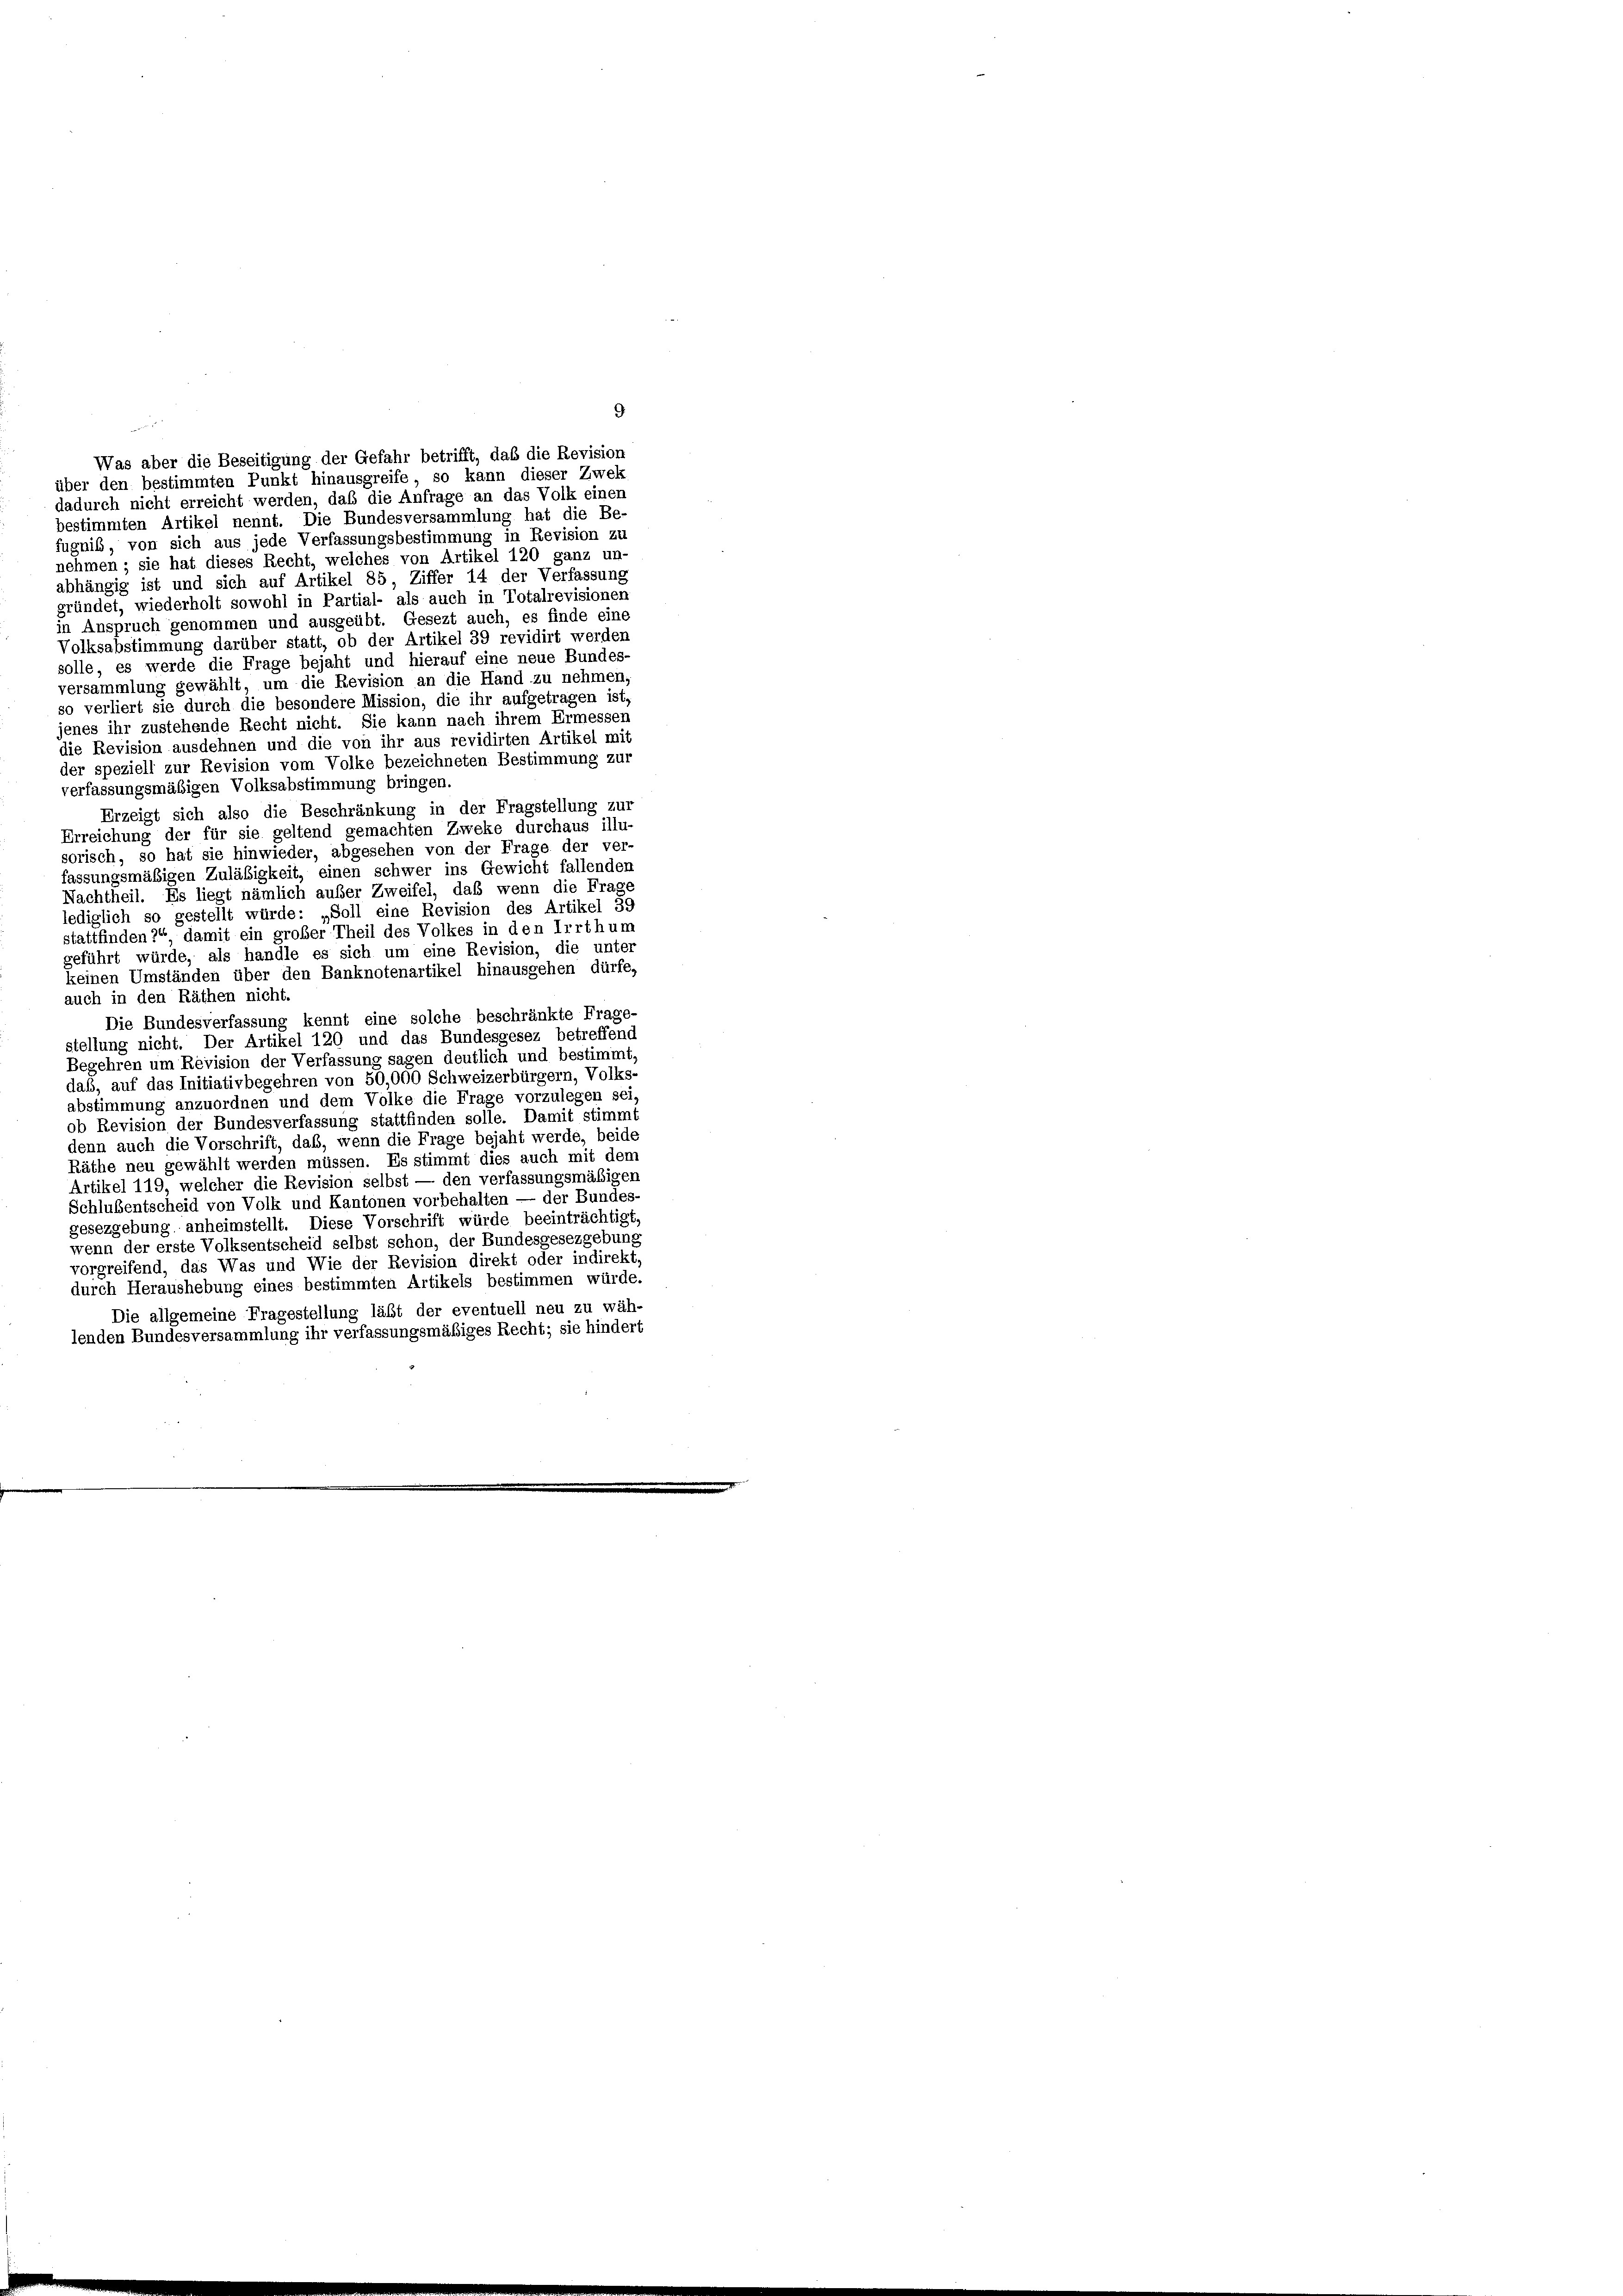
9

Was aber die Beseitigung der Gefahr betrifft, daß die Revision
über den bestimmten Punkt hinausgreife, so kann dieser Zwek
dadurch nicht erreicht werden, daß die Anfrage an das Volk einer
bestimmten Artikel nennt. Die Bundesversammlung hat die Be-
fugnis, von sich aus jede Verfassungsbestimmung in Revision zu
nehmen; sie hat dieses Recht, welches von Artikel 120 ganz un-
abhängig ist und sich auf Artikel 85, Ziffer 14 der Verfassung
gründet, wiederholt sowohl in Partial- als auch in Totalrevisionen
in Anspruch genommen und ausgeübt. Gesezt auch, es finde eine
Volksabstimmung darüber statt, ob der Artikel 39 revidirt werden
solle, es werde die Frage bejaht und hierauf eine neue Bundes-
versammlung gewählt, um die Revision an die Hand zu nehmen,
so verliert sie durch die besondere Mission, die ihr aufgetragen ist,
jenes ihr zustehende Recht nicht. Sie kann nach ihrem Ermessen
die Revision ausdehnen und die von ihr aus revidirten Artikel mit
der speziell zur Revision vom Volke bezeichneten Bestimmung zur
verfassungsmäßigen Volksabstimmung bringen.
Erzeigt sich also die Beschränkung in der Fragstellung zur
Erreichung der für sie geltend gemachten Zweke durchaus illu-
sorisch, so hat sie hinwieder, abgesehen von der Frage der ver-
fassungsmäßigen Zuläßigkeit, einen schwer ins Gewicht fallender
Nachtheil. Es liegt nämlich außer Zweifel, daß wenn die Frage
lediglich so gestellt würde: „Soll eine Revision des Artikel 39
stattfinden?“ damit ein großer Theil des Volkes in den Irrthum
geführt würde, als handle es sich um eine Revision, die unter
keinen Umständen über den Banknotenartikel hinausgehen dürfe,
auch in den Räthen nicht.
Die Bundesverfassung kennt eine solche beschränkte Frage-
stellung nicht. Der Artikel 120 und das Bundesgesez betreffend
Begehren um Revision der Verfassung sagen deutlich und bestimmt,
daß, auf das Initiativbegehren von 50,000 Schweizerbürgern, Volks-
abstimmung anzuordnen und dem Volke die Frage vorzulegen sei
ob Revision der Bundesverfassung stattfinden solle. Damit stimmt
denn auch die Vorschrift, daß, wenn die Frage bejaht werde, beide
Räthe neu gewählt werden müssen. Es stimmt dies auch mit dem
Artikel 119, welcher die Revision selbst — den verfassungsmäßigen
Schlußentscheid von Volk und Kantonen vorbehalten — der Bundes-
gesezgebung anheimstellt. Diese Vorschrift würde beeinträchtigt,
wenn der erste Volksentscheid selbst schon, der Bundesgesezgebung
vorgreifend, das Was und Wie der Revision direkt oder indirekt,
durch Heraushebung eines bestimmten Artikels bestimmen würde.
Die allgemeine Fragestellung läßt der eventuell neu zu wäh-
lenden Bundesversammlung ihr verfassungsmäßiges Recht; sie hindert